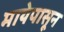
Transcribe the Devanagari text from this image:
मायेपासून